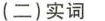
(二)实词